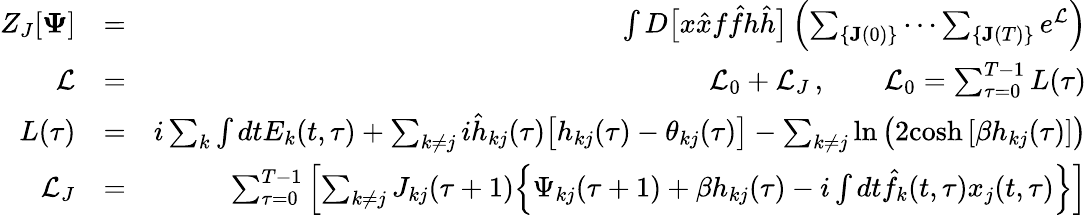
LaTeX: \begin{array}{rlr}{Z_{J}[\mathbf{\Psi}]}&{=}&{\int D\big[x\hat{x}f\hat{f}h\hat{h}\big]\left(\sum_{\{ \mathbf{J}(0)\} }\cdots\sum_{\{ \mathbf{J}(T)\} }e^{\mathcal{L}}\right)}\\ {\mathcal{L}}&{=}&{\mathcal{L}_{0}+\mathcal{L}_{J}\, ,\qquad\mathcal{L}_{0}=\sum_{\tau=0}^{T-1}L(\tau)}\\ {L(\tau)}&{=}&{i\sum_{k}\int dtE_{k}(t,\tau)+\sum_{k\neq j}i\hat{h}_{kj}(\tau)\big[h_{kj}(\tau)-\theta_{kj}(\tau)\big]-\sum_{k\neq j}\ln\big(2\mathrm{cosh}\, [\beta h_{kj}(\tau)]\big)}\\ {\mathcal{L}_{J}}&{=}&{\sum_{\tau=0}^{T-1}\left[\sum_{k\neq j}J_{kj}(\tau+1)\Big\{ \Psi_{kj}(\tau+1)+\beta h_{kj}(\tau)-i\int dt\hat{f}_{k}(t,\tau)x_{j}(t,\tau)\Big\} \right]}\end{array}